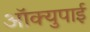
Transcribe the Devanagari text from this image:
ऑक्युपाई